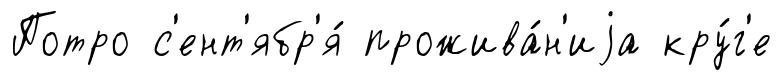
Потро с'ент'ябр'я́ прожива́н'иjа кру́г'е